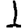
Digit: 1